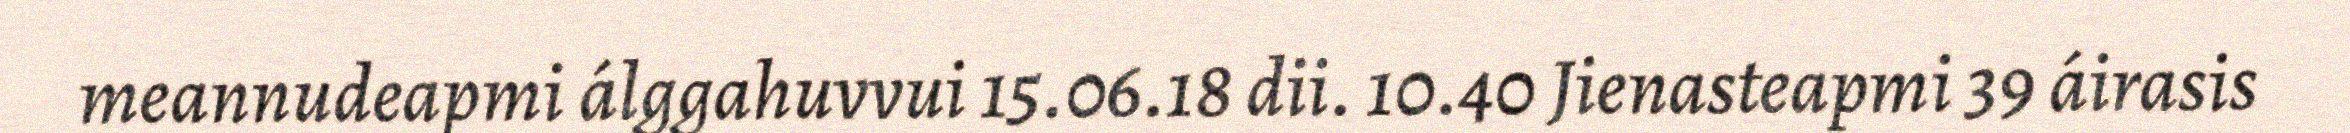
meannudeapmi álggahuvvui 15.06.18 dii. 10.40 Jienasteapmi 39 áirasis